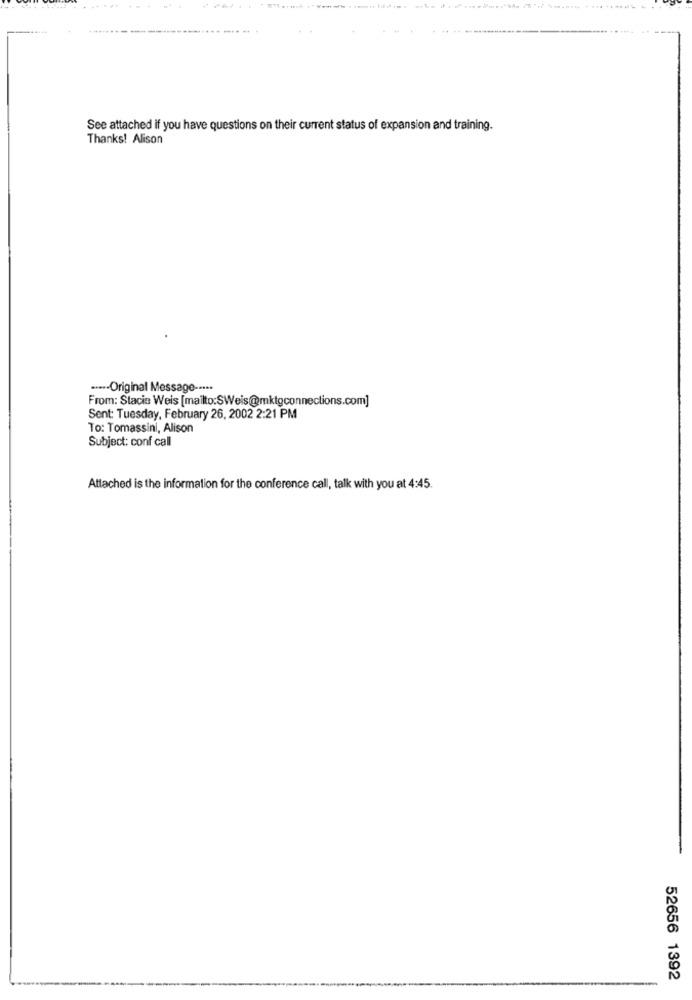
See attached if you have questions on their current status of expansion and training.
Thanks! Alison
..... Original Message --***
From: Stacie Weis [mailto:SWeis@mktgconnections.com]
Sent: Tuesday, February 26, 2002 2:21 PM
To: Tomassini, Alison
Subject: conf call
Attached is the information for the conference call, talk with you at 4:45.
52656 1392